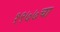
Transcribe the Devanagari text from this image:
१९७७चा